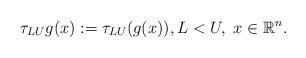
LaTeX: \begin{align*}\tau_{LU}g(x):=\tau_{LU}(g(x)), L<U,\ x\in\mathbb{R}^n.\end{align*}